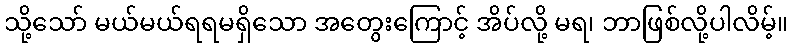
သို့သော် မယ်မယ်ရရမရှိသော အတွေးကြောင့် အိပ်လို့ မရ၊ ဘာဖြစ်လို့ပါလိမ့်။